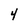
Character: 4